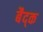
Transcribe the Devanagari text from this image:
बैद्क